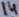
Text: 14